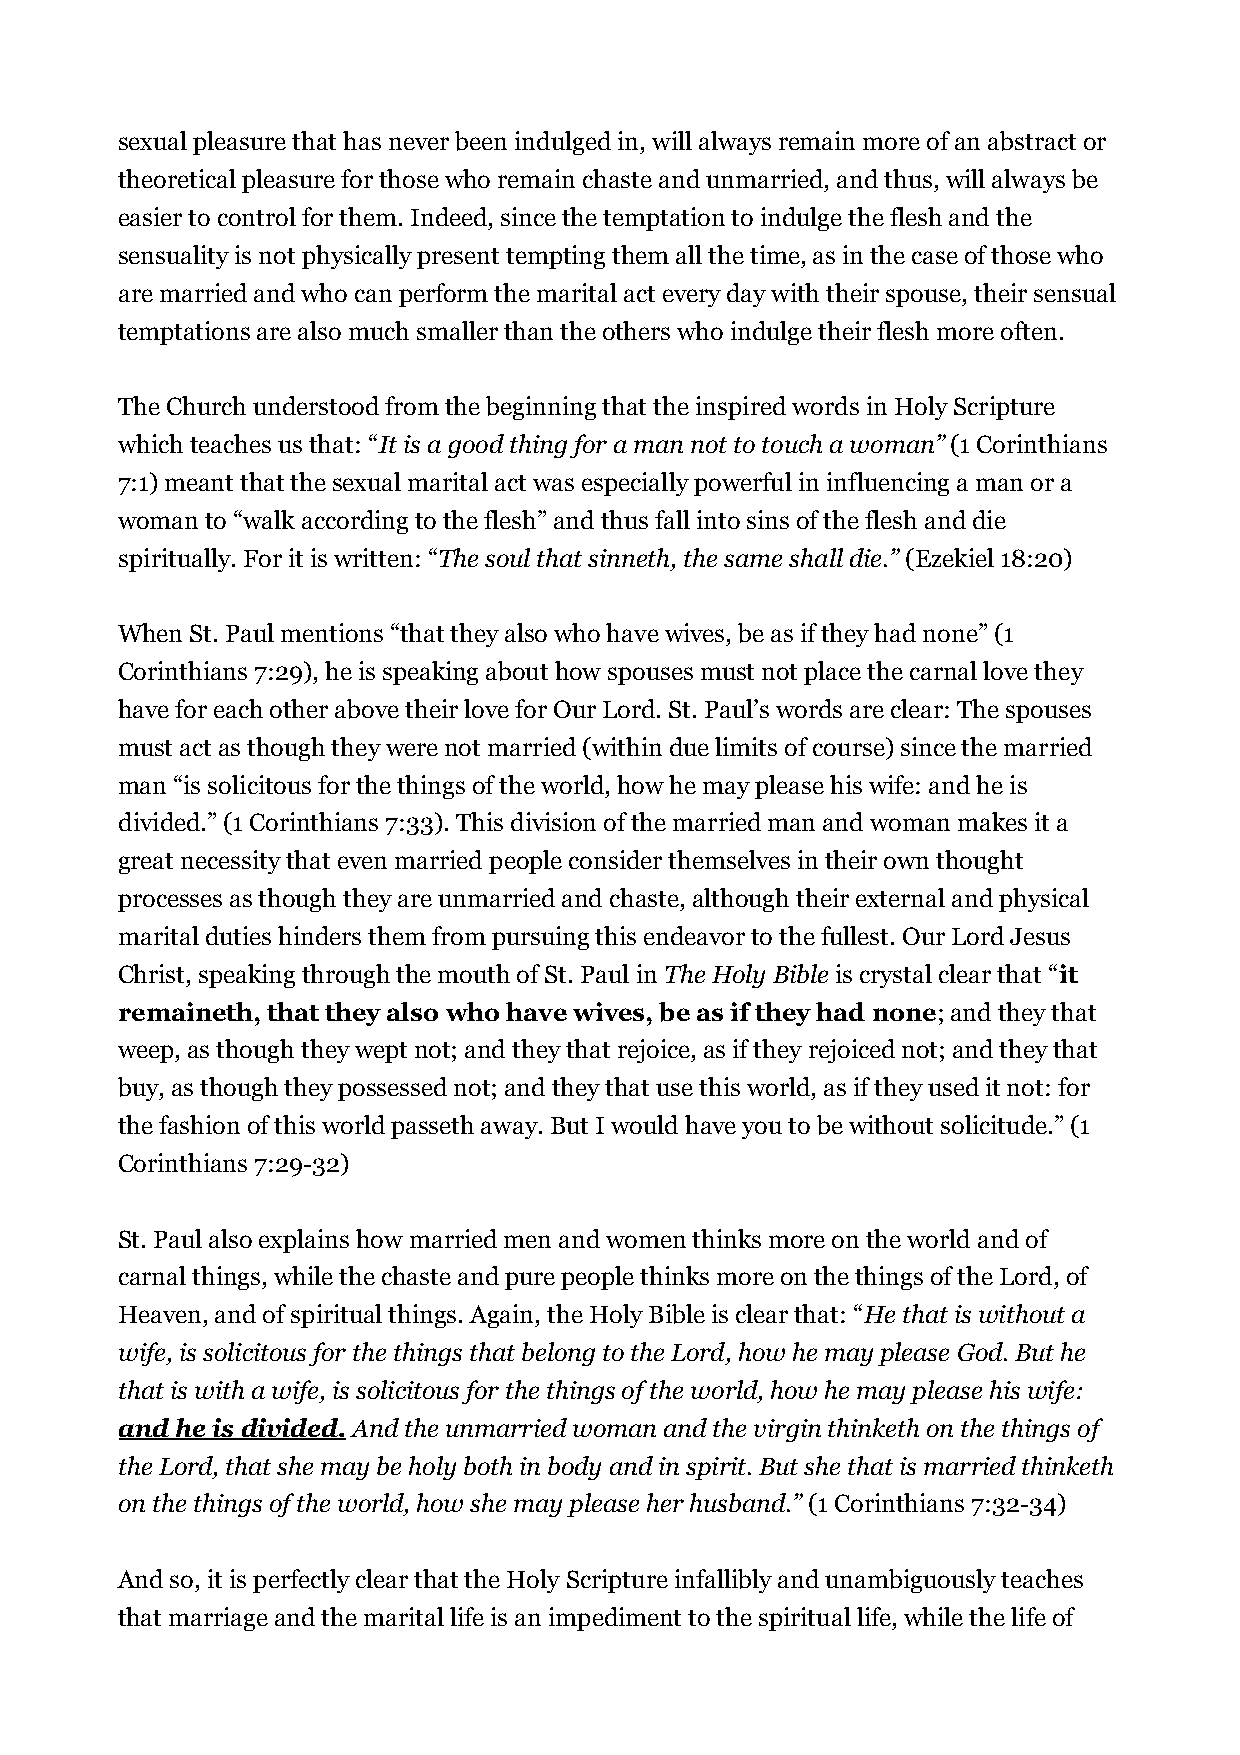
sexual pleasure that has never been indulged in, will always remain more of an abstract or
 theoretical pleasure for those who remain chaste and unmarried, and thus, will always be
 easier to control for them. Indeed, since the temptation to indulge the flesh and the
 sensuality is not physically present tempting them all the time, as in the case of those who
 are married and who can perform the marital act every day with their spouse, their sensual
 temptations are also much smaller than the others who indulge their flesh more often.
 The Church understood from the beginning that the inspired words in Holy Scripture
 which teaches us that: “It is a good thing for a man not to touch a woman” (1 Corinthians
 7:1) meant that the sexual marital act was especially powerful in influencing a man or a
 woman to “walk according to the flesh” and thus fall into sins of the flesh and die
 spiritually. For it is written: “The soul that sinneth, the same shall die.” (Ezekiel 18:20)
 When St. Paul mentions “that they also who have wives, be as if they had none” (1
 Corinthians 7:29), he is speaking about how spouses must not place the carnal love they
 have for each other above their love for Our Lord. St. Paul’s words are clear: The spouses
 must act as though they were not married (within due limits of course) since the married
 man “is solicitous for the things of the world, how he may please his wife: and he is
 divided.” (1 Corinthians 7:33). This division of the married man and woman makes it a
 great necessity that even married people consider themselves in their own thought
 processes as though they are unmarried and chaste, although their external and physical
 marital duties hinders them from pursuing this endeavor to the fullest. Our Lord Jesus
 Christ, speaking through the mouth of St. Paul in The Holy Bible is crystal clear that “it
 remaineth, that they also who have wives, be as if they had none; and they that
 weep, as though they wept not; and they that rejoice, as if they rejoiced not; and they that
 buy, as though they possessed not; and they that use this world, as if they used it not: for
 the fashion of this world passeth away. But I would have you to be without solicitude.” (1
 Corinthians 7:29-32)
 St. Paul also explains how married men and women thinks more on the world and of
 carnal things, while the chaste and pure people thinks more on the things of the Lord, of
 Heaven, and of spiritual things. Again, the Holy Bible is clear that: “He that is without a
 wife, is solicitous for the things that belong to the Lord, how he may please God. But he
 that is with a wife, is solicitous for the things of the world, how he may please his wife:
 and he is divided. And the unmarried woman and the virgin thinketh on the things of
 the Lord, that she may be holy both in body and in spirit. But she that is married thinketh
 on the things of the world, how she may please her husband.” (1 Corinthians 7:32-34)
 And so, it is perfectly clear that the Holy Scripture infallibly and unambiguously teaches
 that marriage and the marital life is an impediment to the spiritual life, while the life of